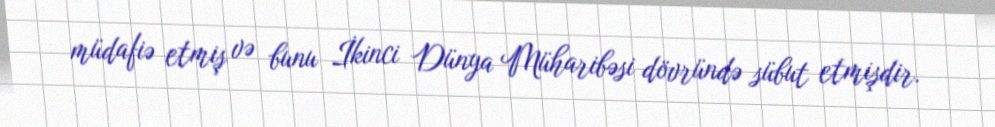
müdafiə etmiş və bunu İkinci Dünya Müharibəsi dövründə sübut etmişdir.